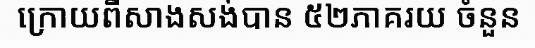
ក្រោយពីសាងសង់បាន ៥២ភាគរយ ចំនួន